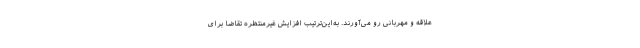
علاقه و مهربانی رو می‌آورند. به‌این‌ترتیب افزایش غیرمنتظره تقاضا برای